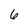
Character: 6